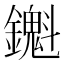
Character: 𬬖